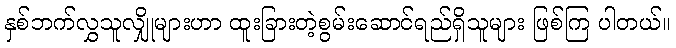
နှစ်ဘက်လွှသူလျှိုများဟာ ထူးခြားတဲ့စွမ်းဆောင်ရည်ရှိသူများ ဖြစ်ကြ ပါတယ်။